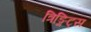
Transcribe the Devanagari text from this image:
त्रिङ्गिट्स